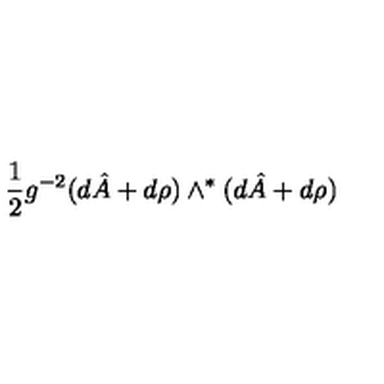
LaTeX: \frac { 1 } { 2 } g ^ { - 2 } ( d \hat { A } + d \rho { } ) \wedge ^ { * } ( d \hat { A } + d \rho { } )